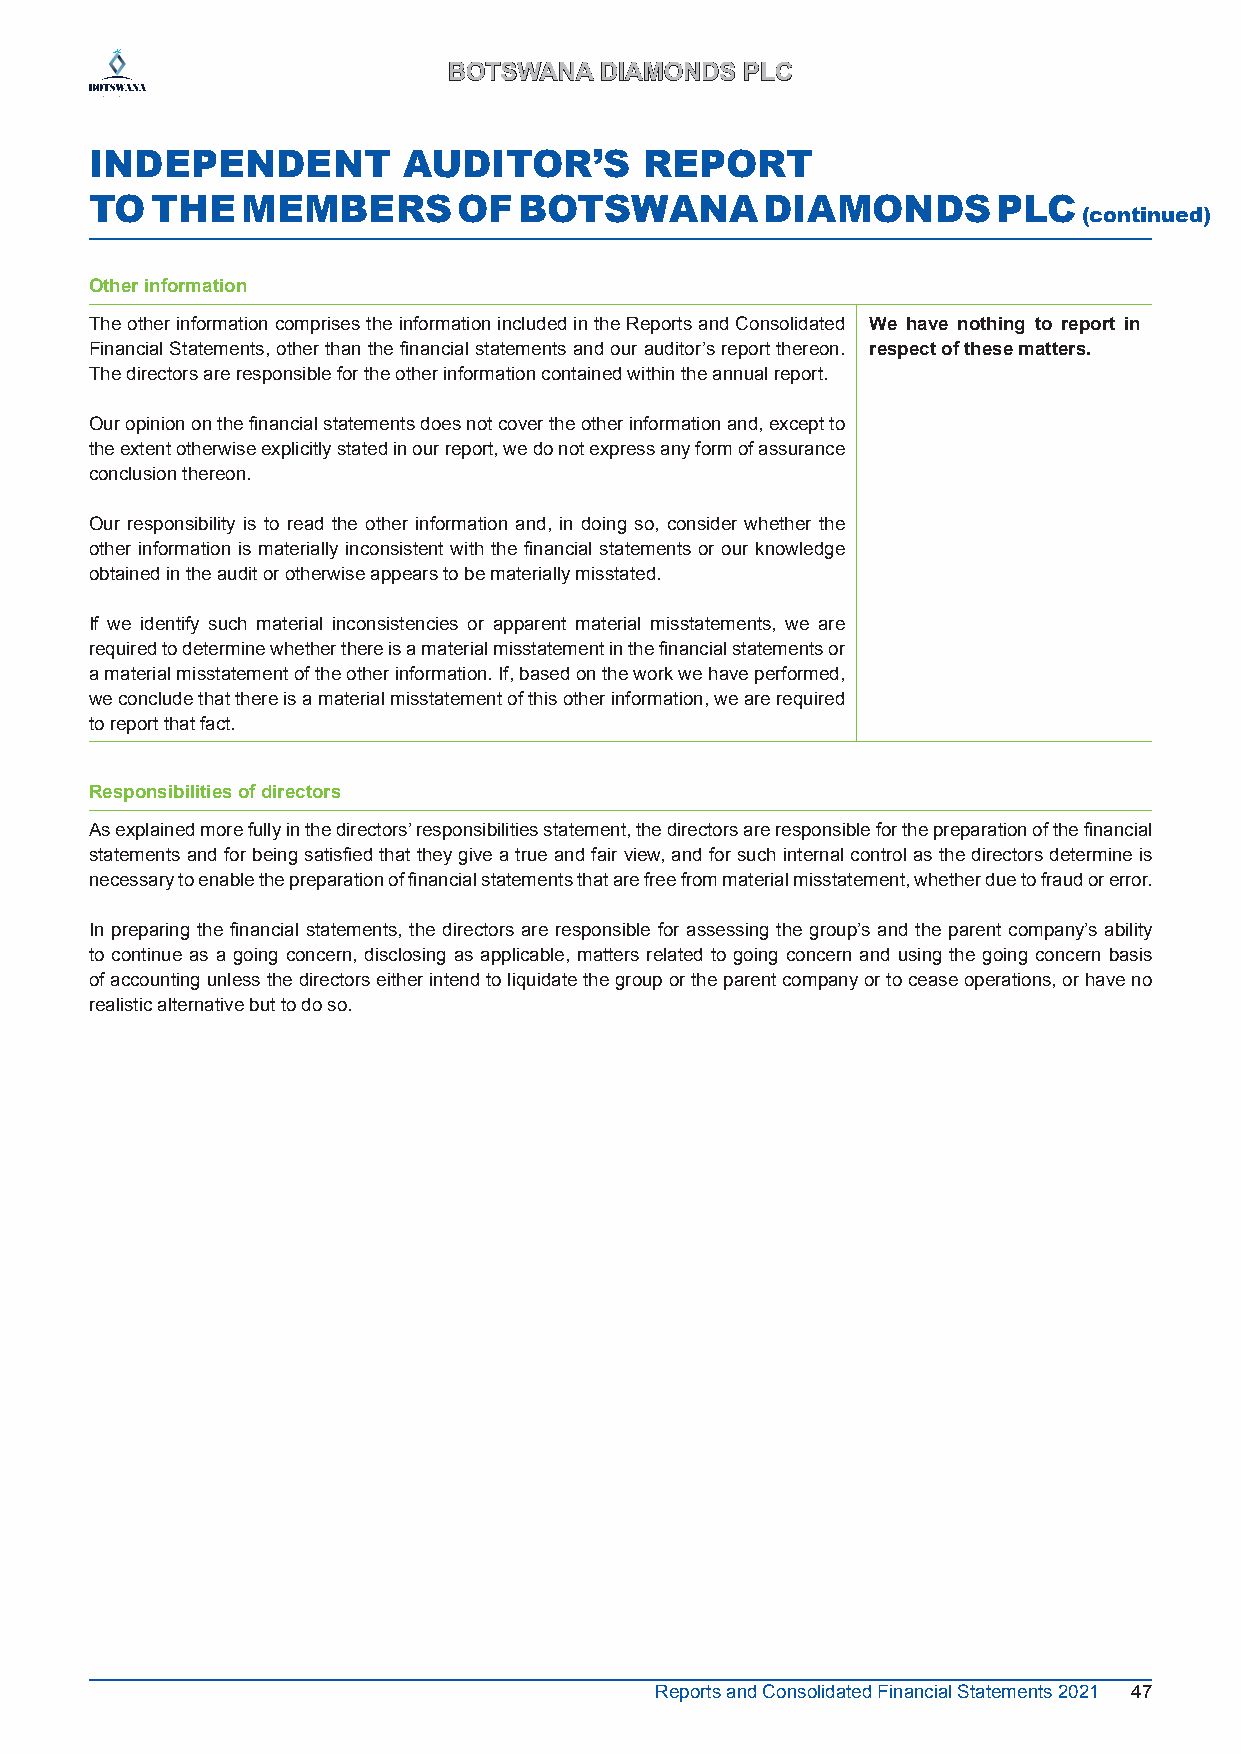
BBOOTTSSWWAANNAA DDIIAAMMOONNDDSS PPLLCC
 INDEPENDENT          AUDITOR’S       REPORT
 TO  THE   MEMBERS       OF  BOTSWANA         DIAMONDS       PLC
 (continued)
 Other information
 The other information comprises the information included in the Reports and Consolidated We have nothing to report in
 Financial Statements, other than the financial statements and our auditor’s report thereon. respect of these matters.
 The directors are responsible for the other information contained within the annual report.
 Our opinion on the financial statements does not cover the other information and, except to
 the extent otherwise explicitly stated in our report, we do not express any form of assurance
 conclusion thereon.
 Our responsibility is to read the other information and, in doing so, consider whether the
 other information is materially inconsistent with the financial statements or our knowledge
 obtained in the audit or otherwise appears to be materially misstated.
 If we identify such material inconsistencies or apparent material misstatements, we are
 required to determine whether there is a material misstatement in the financial statements or
 a material misstatement of the other information. If, based on the work we have performed,
 we conclude that there is a material misstatement of this other information, we are required
 to report that fact.
 Responsibilities of directors
 As explained more fully in the directors’ responsibilities statement, the directors are responsible for the preparation of the financial
 statements and for being satisfied that they give a true and fair view, and for such internal control as the directors determine is
 necessary to enable the preparation of financial statements that are free from material misstatement, whether due to fraud or error.
 In preparing the financial statements, the directors are responsible for assessing the group’s and the parent company’s ability
 to continue as a going concern, disclosing as applicable, matters related to going concern and using the going concern basis
 of accounting unless the directors either intend to liquidate the group or the parent company or to cease operations, or have no
 realistic alternative but to do so.
 Reports and Consolidated Financial Statements 2021 47